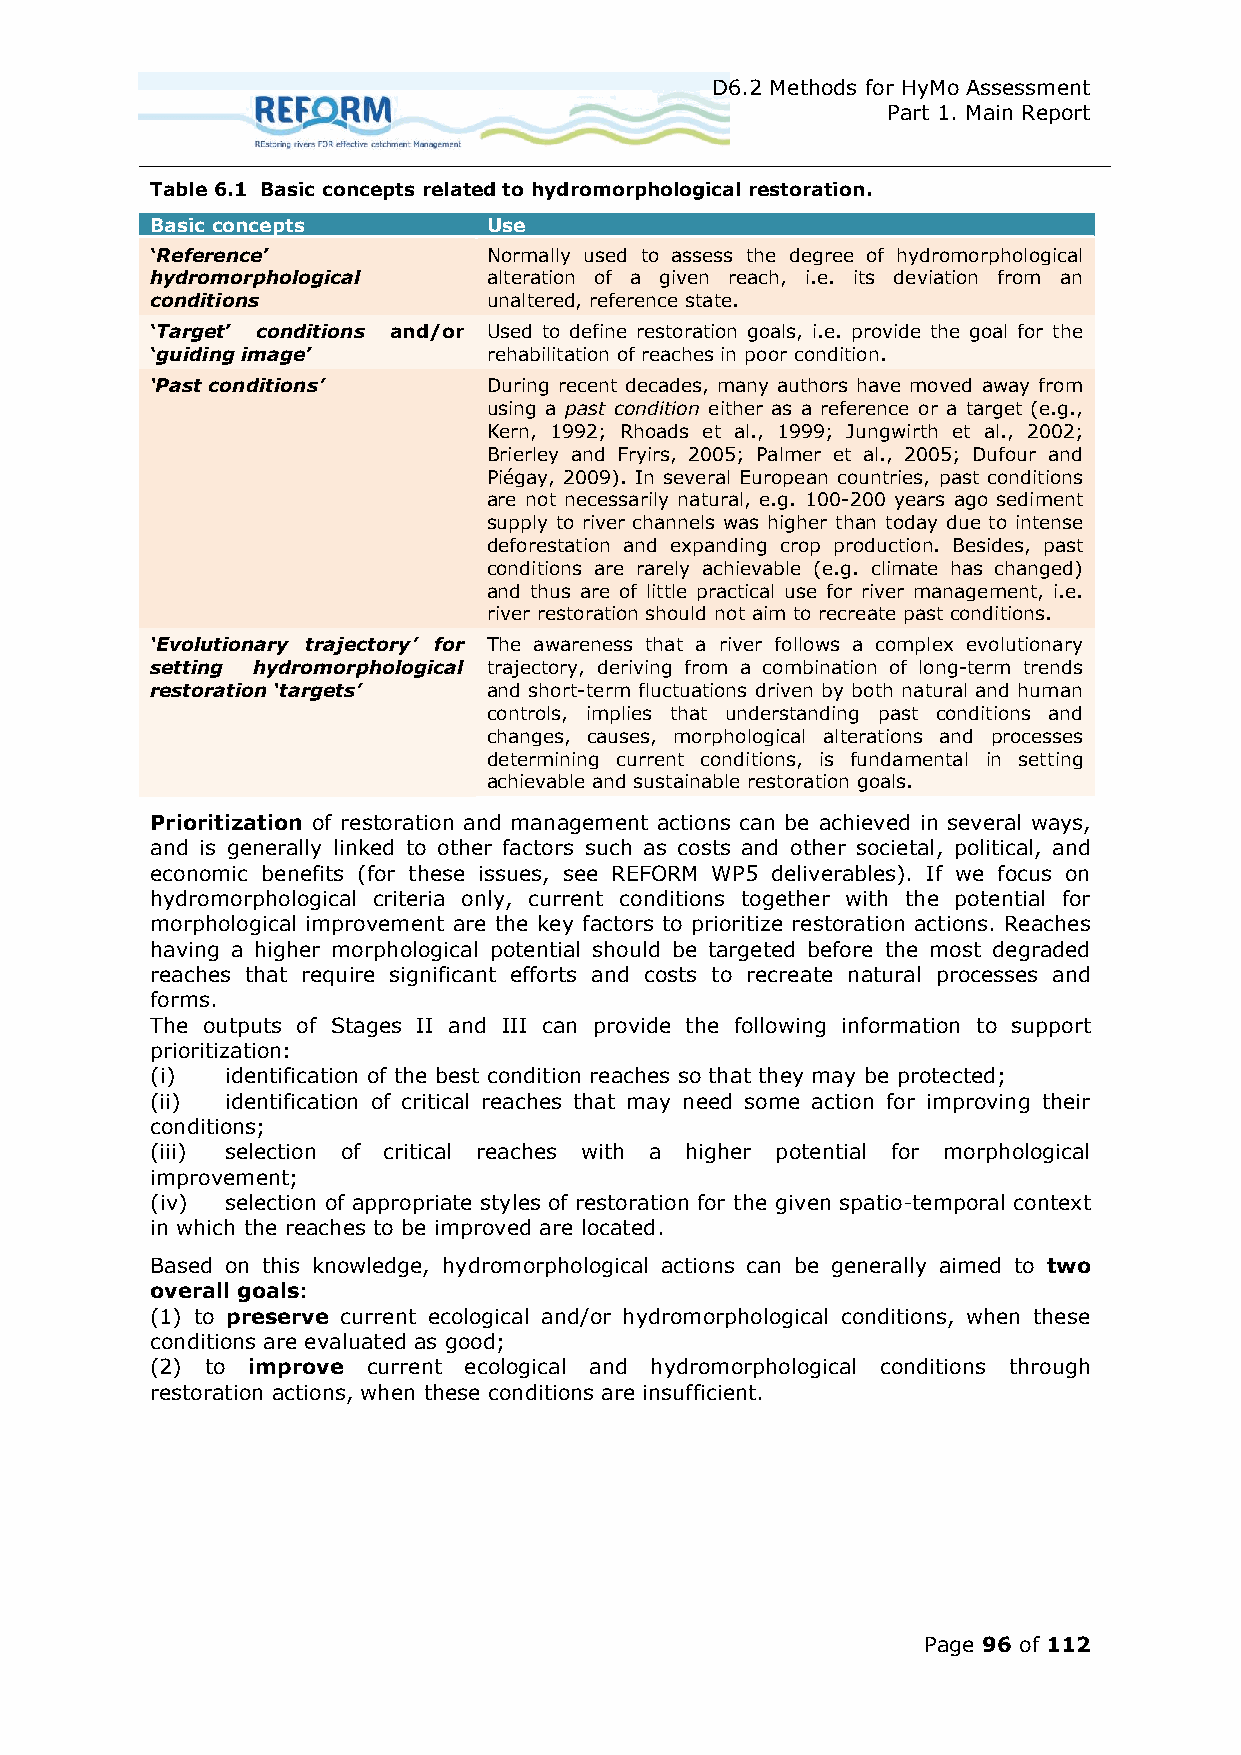
D6.2 Methods for HyMo Assessment
 Part 1. Main Report
 Table 6.1 Basic concepts related to hydromorphological restoration.
 Basic concepts        Use
 ‘Reference’           Normally used to assess the degree of hydromorphological
 hydromorphological    alteration of a given reach, i.e. its deviation from an
 conditions            unaltered, reference state.
 ‘Target’ conditions and/or Used to define restoration goals, i.e. provide the goal for the
 ‘guiding image’       rehabilitation of reaches in poor condition.
 ‘Past conditions’     During recent decades, many authors have moved away from
 using a past condition either as a reference or a target (e.g.,
 Kern, 1992; Rhoads et al., 1999; Jungwirth et al., 2002;
 Brierley and Fryirs, 2005; Palmer et al., 2005; Dufour and
 Piégay, 2009). In several European countries, past conditions
 are not necessarily natural, e.g. 100-200 years ago sediment
 supply to river channels was higher than today due to intense
 deforestation and expanding crop production. Besides, past
 conditions are rarely achievable (e.g. climate has changed)
 and thus are of little practical use for river management, i.e.
 river restoration should not aim to recreate past conditions.
 ‘Evolutionary trajectory’ for The awareness that a river follows a complex evolutionary
 setting hydromorphological trajectory, deriving from a combination of long-term trends
 restoration ‘targets’ and short-term fluctuations driven by both natural and human
 controls, implies that understanding past conditions and
 changes, causes, morphological alterations and processes
 determining current conditions, is fundamental in setting
 achievable and sustainable restoration goals.
 Prioritization of restoration and management actions can be achieved in several ways,
 and is generally linked to other factors such as costs and other societal, political, and
 economic benefits (for these issues, see REFORM WP5 deliverables). If we focus on
 hydromorphological criteria only, current conditions together with the potential for
 morphological improvement are the key factors to prioritize restoration actions. Reaches
 having a higher morphological potential should be targeted before the most degraded
 reaches that require significant efforts and costs to recreate natural processes and
 forms.
 The outputs of Stages II and III can provide the following information to support
 prioritization:
 (i)  identification of the best condition reaches so that they may be protected;
 (ii) identification of critical reaches that may need some action for improving their
 conditions;
 (iii) selection of critical reaches with a higher potential for morphological
 improvement;
 (iv) selection of appropriate styles of restoration for the given spatio-temporal context
 in which the reaches to be improved are located.
 Based on this knowledge, hydromorphological actions can be generally aimed to two
 overall goals:
 (1) to preserve current ecological and/or hydromorphological conditions, when these
 conditions are evaluated as good;
 (2) to improve current ecological and hydromorphological conditions through
 restoration actions, when these conditions are insufficient.
 Page 96 of 112